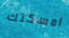
امسكتك